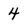
Character: 4